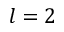
l = 2